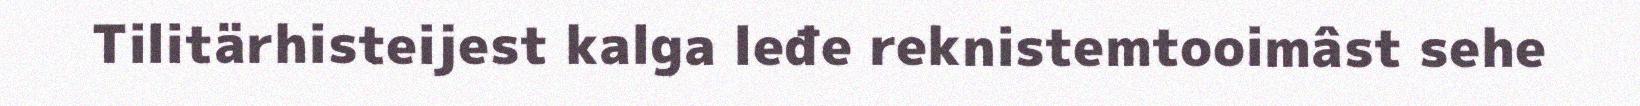
Tilitärhisteijest kalga leđe reknistemtooimâst sehe